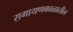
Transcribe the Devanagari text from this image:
रामायणकाळातील